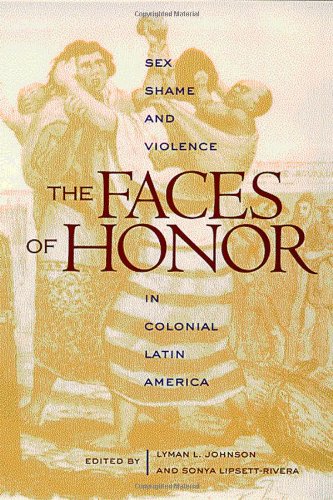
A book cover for The Faces of Honor: Sex, Shame, and Violence in Colonial Latin America (DiÃ¡logos Series); History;